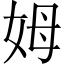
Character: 姆